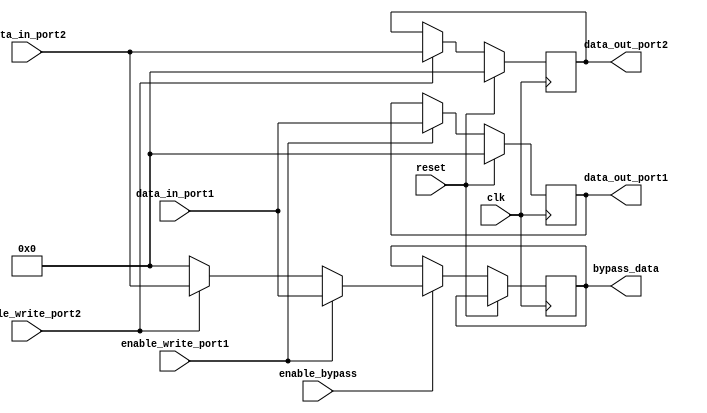
module dual_port_bypass_register (
    input wire clk,
    input wire reset,
    input wire [31:0] data_in_port1,
    input wire [31:0] data_in_port2,
    input wire enable_write_port1,
    input wire enable_write_port2,
    input wire enable_bypass,
    output reg [31:0] data_out_port1,
    output reg [31:0] data_out_port2,
    output reg [31:0] bypass_data
);

reg [31:0] register1;
reg [31:0] register2;

always @(posedge clk) begin
    if (reset) begin
        register1 <= 0;
        register2 <= 0;
    end else begin
        if (enable_write_port1) begin
            register1 <= data_in_port1;
        end
        
        if (enable_write_port2) begin
            register2 <= data_in_port2;
        end
        
        if (enable_bypass) begin
            bypass_data <= (enable_write_port1) ? data_in_port1 : ((enable_write_port2) ? data_in_port2 : 0);
        end
    end
end

assign data_out_port1 = register1;
assign data_out_port2 = register2;

endmodule